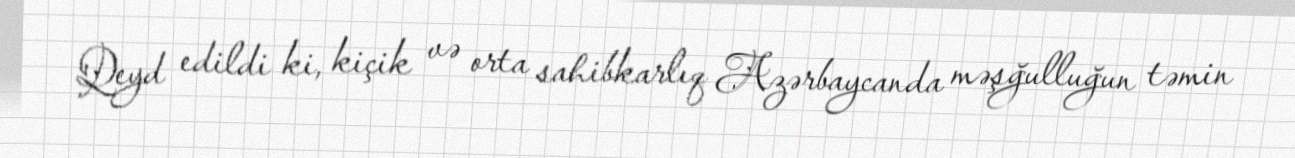
Qeyd edildi ki, kiçik və orta sahibkarlıq Azərbaycanda məşğulluğun təmin